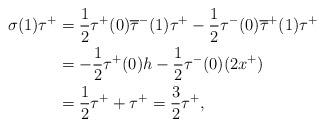
LaTeX: \begin{align*}\sigma(1)\tau^{+}&=\frac{1}{2}\tau^{+}(0)\overline{\tau}^{-}(1)\tau^{+}-\frac{1}{2}\tau^{-}(0)\overline{\tau}^{+}(1)\tau^{+}\\&=-\frac{1}{2}\tau^{+}(0)h-\frac{1}{2}\tau^{-}(0)(2x^{+})\\&=\frac{1}{2}\tau^{+}+\tau^{+}=\frac{3}{2}\tau^{+},\end{align*}